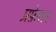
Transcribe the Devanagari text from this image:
प्रफ़ेसर